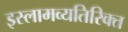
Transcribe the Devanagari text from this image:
इस्लामव्यतिरिक्त